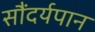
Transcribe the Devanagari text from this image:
सौंदर्यपान